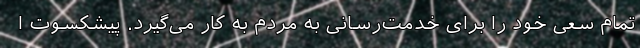
تمام سعی خود را برای خدمت‌رسانی به مردم به کار می‌گیرد. پیشکسوت ا